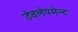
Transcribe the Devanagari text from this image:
डेवलेपमेन्ट